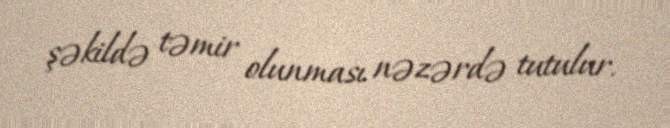
şəkildə təmir olunması nəzərdə tutulur.